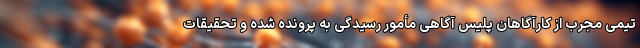
تیمی مجرب از کارآگاهان پلیس آگاهی مأمور رسیدگی به پرونده شده و تحقیقات